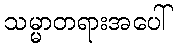
သမ္မာတရားအပေါ်